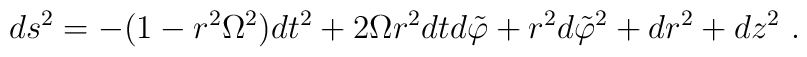
ds^2=-(1-r^2\Omega^2)dt^2+2\Omega r^2dt d\tilde{\varphi}+ r^2d\tilde{\varphi}^2+dr^2+dz^2~.